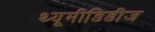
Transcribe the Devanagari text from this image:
थ्यूमीडिडीज